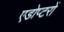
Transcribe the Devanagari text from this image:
एडोप्टरों